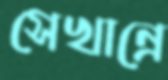
সেখান্রে